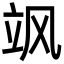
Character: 飒